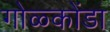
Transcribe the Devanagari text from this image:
गोळ्कोंडा